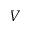
V